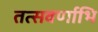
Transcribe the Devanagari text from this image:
तत्सवर्णाभि